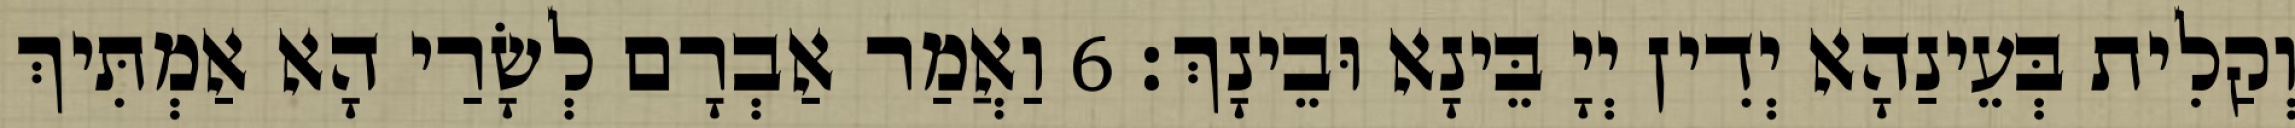
וְקַלִית בְּעֵינַהָא יְדִין יְיָ בֵּינָא וּבֵינָךְ׃ 6 וַאֲמַר אַבְרָם לְשָׂרַי הָא אַמְתִּיךְ